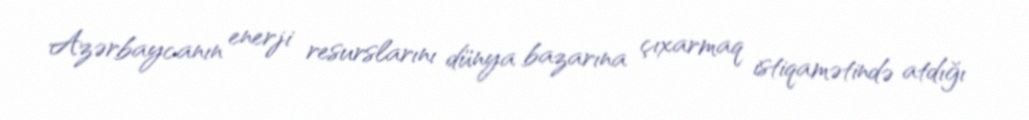
Azərbaycanın enerji resurslarını dünya bazarına çıxarmaq istiqamətində atdığı